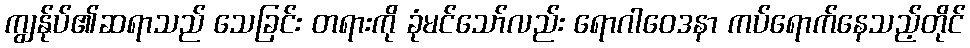
ကျွန်ုပ်၏ဆရာသည် သေခြင်း တရားကို ခုံမင်သော်လည်း ရောဂါဝေဒနာ ကပ်ရောက်နေသည့်တိုင်